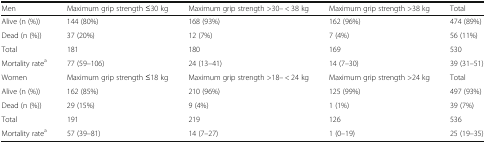
<table><thead><tr><td><b>Men</b></td><td><b>Maximum grip strength ≤30 kg</b></td><td><b>Maximum grip strength &gt;30– &lt; 38 kg</b></td><td><b>Maximum grip strength &gt;38 kg</b></td><td><b>Total</b></td></tr></thead><tbody><tr><td>Alive (n (%))</td><td>144 (80%)</td><td>168 (93%)</td><td>162 (96%)</td><td>474 (89%)</td></tr><tr><td>Dead (n (%))</td><td>37 (20%)</td><td>12 (7%)</td><td>7 (4%)</td><td>56 (11%)</td></tr><tr><td>Total</td><td>181</td><td>180</td><td>169</td><td>530</td></tr><tr><td>Mortality rate<sup>a</sup></td><td>77 (59–106)</td><td>24 (13–41)</td><td>14 (7–30)</td><td>39 (31–51)</td></tr><tr><td>Women</td><td>Maximum grip strength ≤18 kg</td><td>Maximum grip strength &gt;18– &lt; 24 kg</td><td>Maximum grip strength &gt;24 kg</td><td>Total</td></tr><tr><td>Alive (n (%))</td><td>162 (85%)</td><td>210 (96%)</td><td>125 (99%)</td><td>497 (93%)</td></tr><tr><td>Dead (n (%))</td><td>29 (15%)</td><td>9 (4%)</td><td>1 (1%)</td><td>39 (7%)</td></tr><tr><td>Total</td><td>191</td><td>219</td><td>126</td><td>536</td></tr><tr><td>Mortality rate<sup>a</sup></td><td>57 (39–81)</td><td>14 (7–27)</td><td>1 (0–19)</td><td>25 (19–35)</td></tr></tbody></table>